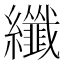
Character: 纖